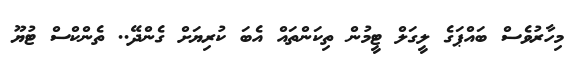
މިހާރުވެސް ބައްޕަގެ ލީގަލް ޓީމުން ތިކަންތައް އެބަ ކުރިޔަށް ގެންދޭ.. ތެންކްސް ޓުޔޫ